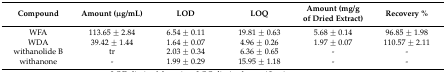
<table><thead><tr><td><b>Compound</b></td><td><b>Amount (μg/mL)</b></td><td><b>LOD</b></td><td><b>LOQ</b></td><td><b>Amount (mg/g of Dried Extract)</b></td><td><b>Recovery %</b></td></tr></thead><tbody><tr><td>WFA</td><td>113.65 ± 2.84</td><td>6.54 ± 0.11</td><td>19.81 ± 0.63</td><td>5.68 ± 0.14</td><td>96.85 ± 1.98</td></tr><tr><td>WDA</td><td>39.42 ± 1.44</td><td>1.64 ± 0.07</td><td>4.96 ± 0.26</td><td>1.97 ± 0.07</td><td>110.57 ± 2.11</td></tr><tr><td>withanolide B</td><td>tr</td><td>2.03 ± 0.34</td><td>6.36 ± 0.65</td><td>-</td><td>-</td></tr><tr><td>withanone</td><td>-</td><td>1.99 ± 0.29</td><td>15.95 ± 1.18</td><td>-</td><td>-</td></tr></tbody></table>